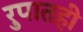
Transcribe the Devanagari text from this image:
रुपातही